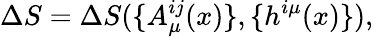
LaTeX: \Delta S=\Delta S(\{ A_{\mu}^{ij}(x)\} ,\{ h^{i\mu}(x)\} ),